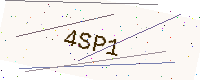
Text: 4SP1